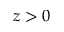
z > 0